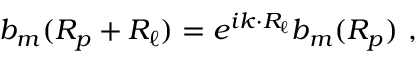
b _ { m } ( { \boldsymbol { R _ { p } + R _ { \ell } } } ) = e ^ { i { \boldsymbol { k \cdot R _ { \ell } } } } b _ { m } ( { \boldsymbol { R _ { p } } } ) \ ,